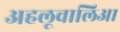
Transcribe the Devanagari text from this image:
अहलूवालिआ